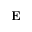
\mathbf { E }